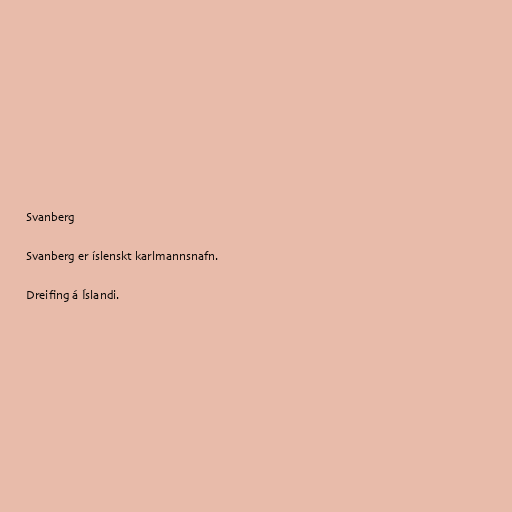
Svanberg

Svanberg er íslenskt karlmannsnafn.

Dreifing á Íslandi.